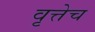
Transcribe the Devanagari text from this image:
वृत्तेच